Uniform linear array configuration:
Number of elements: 4
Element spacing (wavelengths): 0.5
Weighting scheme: hamming
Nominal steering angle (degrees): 15
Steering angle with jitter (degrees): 15.609
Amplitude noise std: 0.05
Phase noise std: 0.05

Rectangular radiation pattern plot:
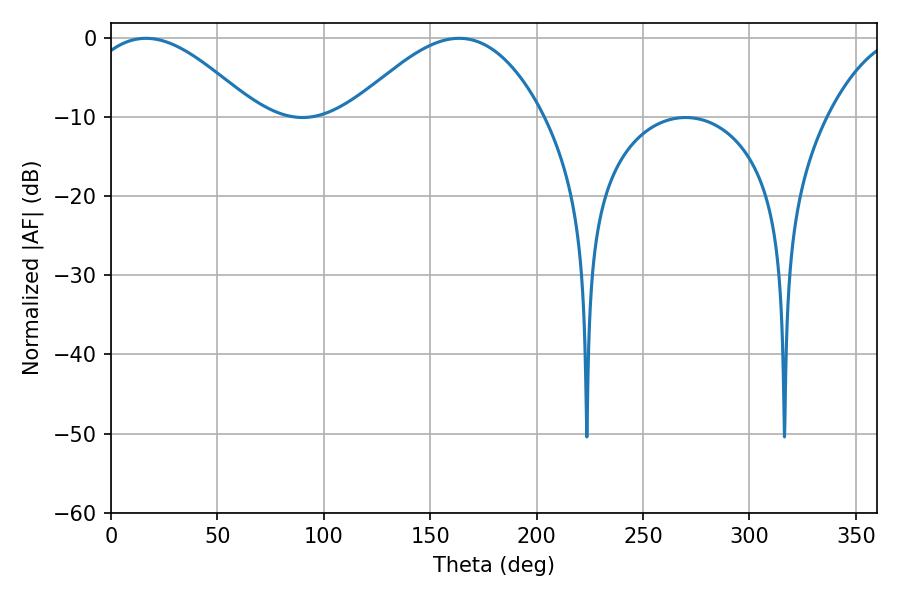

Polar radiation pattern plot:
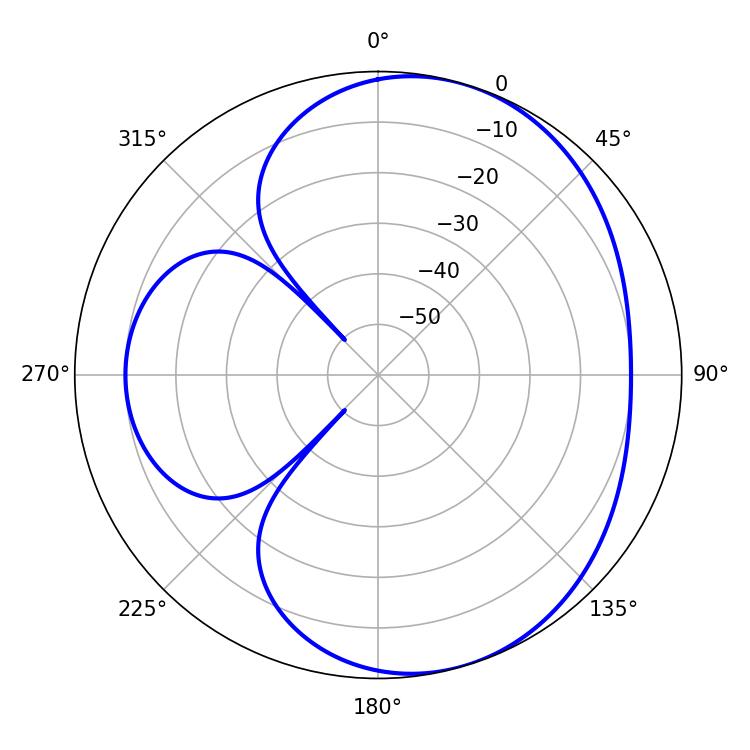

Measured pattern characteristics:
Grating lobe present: FALSE
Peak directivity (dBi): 5.325
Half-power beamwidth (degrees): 43.02
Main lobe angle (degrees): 16.38